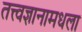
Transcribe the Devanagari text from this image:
तत्त्वज्ञानामधला